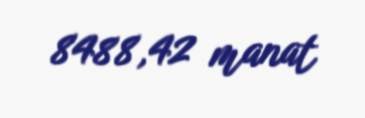
8488,42 manat